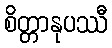
စိတ္တာနုပဿီ